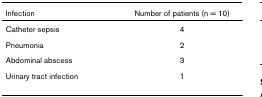
<table><thead><tr><td><b>Infection</b></td><td><b>Number of patients (n = 10)</b></td></tr></thead><tbody><tr><td>Catheter sepsis</td><td>4</td></tr><tr><td>Pneumonia</td><td>2</td></tr><tr><td>Abdominal abscess</td><td>3</td></tr><tr><td>Urinary tract infection</td><td>1</td></tr></tbody></table>